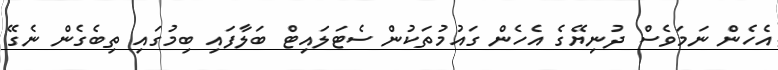
އެހެން ނަމަވެސް ދުނިޔޭގެ އެހެން ގައުމުތަކުން ސެޓަލައިޓް ބަލާފައި ބިމުގައި ތިބެގެން ނެގޭ